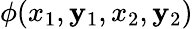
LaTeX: \phi(x_{1},\mathbf{y}_{1},x_{2},\mathbf{y}_{2})